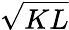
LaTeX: \sqrt{KL}